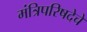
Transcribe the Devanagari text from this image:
मंत्रिपरिषदेचे